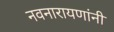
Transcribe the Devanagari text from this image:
नवनारायणांनी